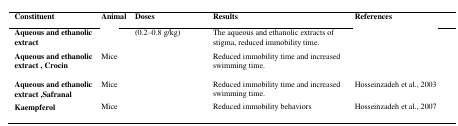
<table><thead><tr><td><b>Constituent</b></td><td><b>Animal</b></td><td><b>Doses</b></td><td><b>Results</b></td><td><b>References</b></td></tr></thead><tbody><tr><td><b>Aqueous and ethanolic extract </b></td><td>[EMPTY_CELL]</td><td>(0.2–0.8 g/kg)</td><td>The aqueous and ethanolic extracts of stigma, reduced immobility time. </td><td>[EMPTY_CELL]</td></tr><tr><td><b>Aqueous and ethanolic extract , Crocin</b></td><td>Mice</td><td>[EMPTY_CELL]</td><td>Reduced immobility time and increased swimming time.</td><td>[EMPTY_CELL]</td></tr><tr><td><b>Aqueous and ethanolic extract ,Safranal</b></td><td>Mice</td><td>[EMPTY_CELL]</td><td>Reduced immobility time and increased swimming time.</td><td>Hosseinzadeh et al., 2003</td></tr><tr><td><b>Kaempferol</b></td><td>Mice</td><td>[EMPTY_CELL]</td><td>Reduced immobility behaviors</td><td>Hosseinzadeh et al., 2007</td></tr></tbody></table>